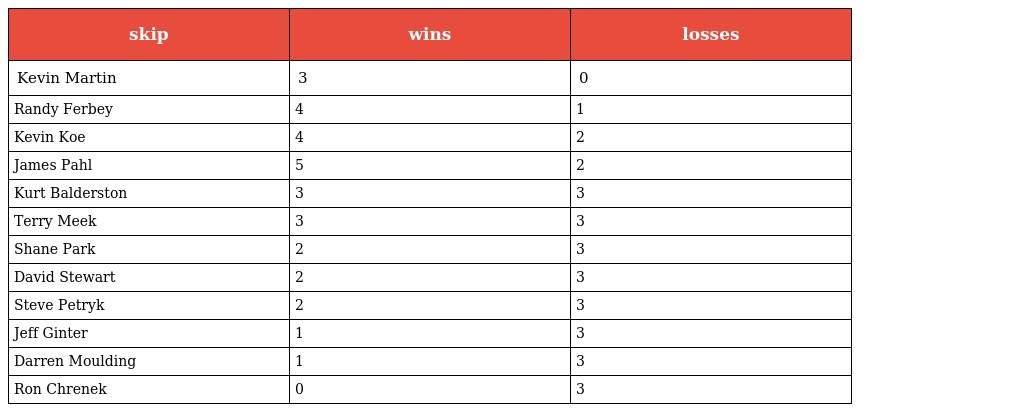
| skip | wins | losses |
 | --- | --- | --- |
 | Kevin Martin | 3 | 0 |
 | Randy Ferbey | 4 | 1 |
 | Kevin Koe | 4 | 2 |
 | James Pahl | 5 | 2 |
 | Kurt Balderston | 3 | 3 |
 | Terry Meek | 3 | 3 |
 | Shane Park | 2 | 3 |
 | David Stewart | 2 | 3 |
 | Steve Petryk | 2 | 3 |
 | Jeff Ginter | 1 | 3 |
 | Darren Moulding | 1 | 3 |
 | Ron Chrenek | 0 | 3 |